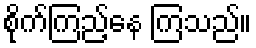
စိုက်ကြည့်နေ ကြသည်။